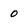
Character: 0